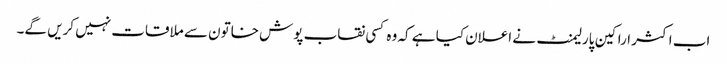
اب اکثر اراکین پارلیمنٹ نے اعلان کیا ہے کہ وہ کسی نقاب پوش خاتون سے ملاقات نہیں کریں گے۔